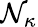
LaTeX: \mathcal{N}_{\kappa}